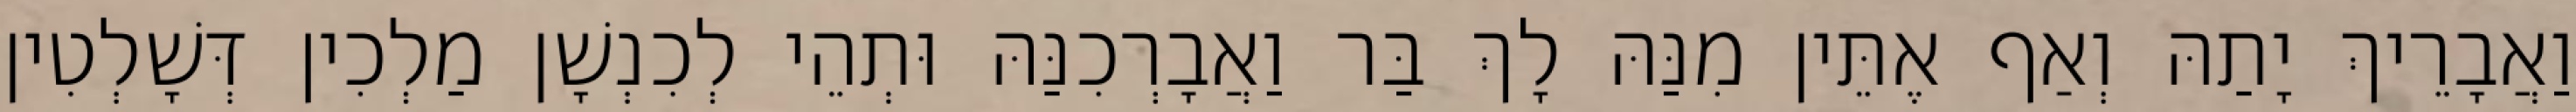
וַאֲבָרֵיךְ יָתַהּ וְאַף אֶתֵּין מִנַּהּ לָךְ בַּר וַאֲבָרְכִנַּהּ וּתְהֵי לְכִנְשָׁן מַלְכִין דְּשָׁלְטִין